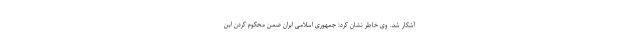
آشکار شد. وی خاطر نشان کرد: جمهوری اسلامی ایران ضمن محکوم کردن این